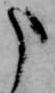
申